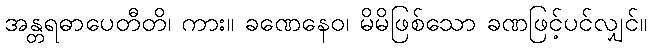
အန္တရဓာပေတီတိ၊ ကား။ ခဏေနေဝ၊ မိမိဖြစ်သော ခဏဖြင့်ပင်လျှင်။